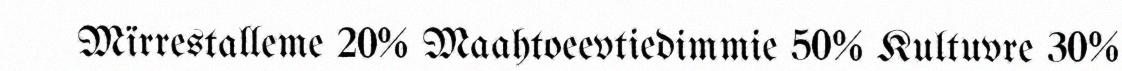
Mïrrestalleme 20% Maahtoeevtiedimmie 50% Kultuvre 30%